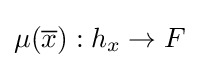
\mu ({\overline {x}}):h_{x}\to F